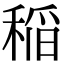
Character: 稲